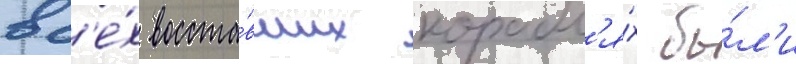
вс'е́х восста́вших корабл'я́х бы́л'и